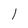
Character: l